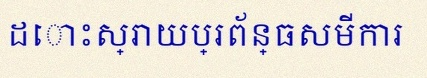
ដោះស្រាយប្រព័ន្ធសមីការ